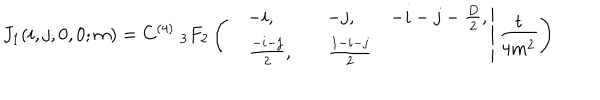
J _ { 1 } ( i , j , 0 , 0 ; m ) = C ^ { ( 4 ) } \; _ { 3 } F _ { 2 } \left( \left. \begin{matrix} { { - i , } } & { { - j , } } & { { - i - j - \frac { D } { 2 } , } } \\ { { \quad \frac { - i - j } { 2 } , } } & { { \quad \frac { 1 - i - j } { 2 } } } \\ \end{matrix} \right| \frac { t } { 4 m ^ { 2 } } \right)